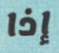
إذا